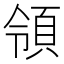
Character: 領